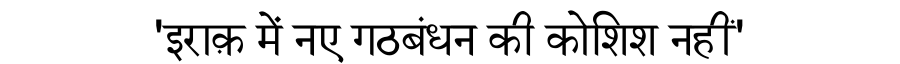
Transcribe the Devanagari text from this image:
'इराक़ में नए गठबंधन की कोशिश नहीं'